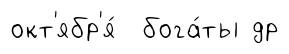
окт'ябр'я́ бога́ты др